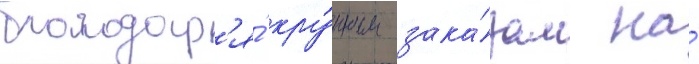
благодар'я́ кру́пным зака́зам на́